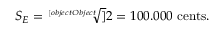
S _ { E } = { \sqrt [ [object Object] ] { 2 } } = 1 0 0 . 0 0 0 \ { \mathrm { c e n t s } } .